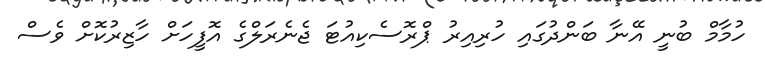
ހުމާމް ބުނީ އޭނާ ބަންދުގައި ހުރިއިރު ޕްރޮސެކިއުޓަ ޖެނެރަލްގެ އޮފީހަށް ހާޒިރުކޮށް ވެސް